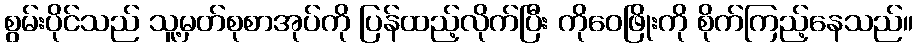
စွမ်းပိုင်သည် သူ့မှတ်စုစာအုပ်ကို ပြန်ထည့်လိုက်ပြီး ကိုဝေဖြိုးကို စိုက်ကြည့်နေသည်။